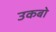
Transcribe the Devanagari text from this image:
उकबो